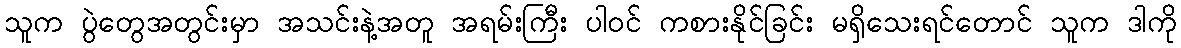
သူက ပွဲတွေအတွင်းမှာ အသင်းနဲ့အတူ အရမ်းကြီး ပါဝင် ကစားနိုင်ခြင်း မရှိသေးရင်တောင် သူက ဒါကို